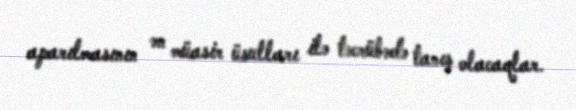
aparılmasının ən müasir üsulları ilə təcrübədə tanış olacaqlar.